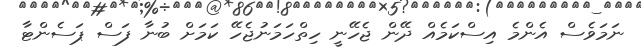
ނަމަވެސް އެންމެ އިސްކަމެއް ދޭން ޖެހޭނީ ހިތްހަމަނުޖެހޭ ކަމަށް ބުނާ ފަސް ޕަސެންޓާ